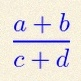
\frac{a+b}{c+d}